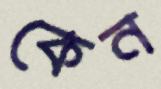
কেন